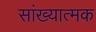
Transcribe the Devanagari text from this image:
सांख्यात्मक